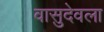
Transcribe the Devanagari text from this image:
वासुदेवला